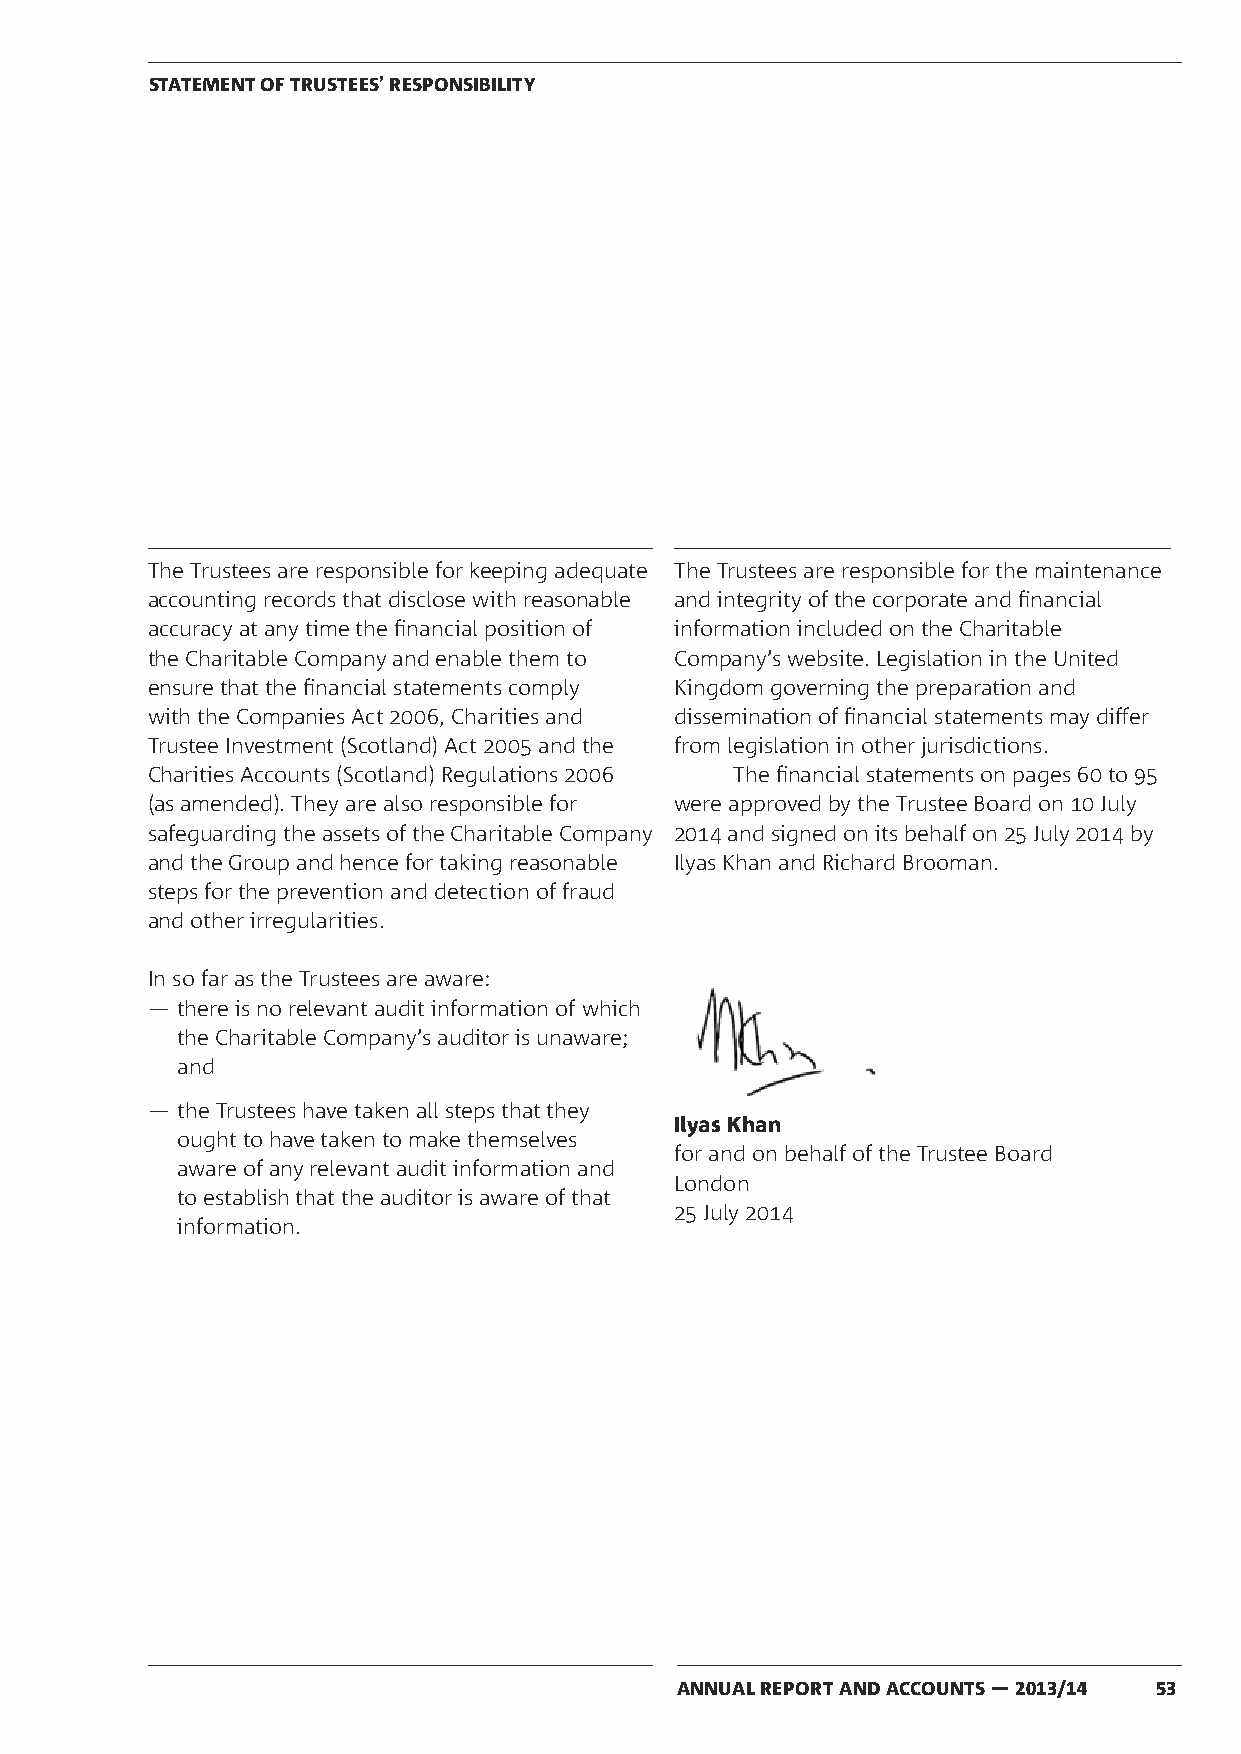
STATEMENT OF TRUSTEES’ RESPONSIBILITY
 The Trustees are responsible for keeping adequate The Trustees are responsible for the maintenance
 accounting records that disclose with reasonable and integrity of the corporate and financial
 accuracy at any time the financial position of information included on the Charitable
 the Charitable Company and enable them to Company’s website. Legislation in the United
 ensure that the financial statements comply Kingdom governing the preparation and
 with the Companies Act 2006, Charities and dissemination of financial statements may differ
 Trustee Investment (Scotland) Act 2005 and the from legislation in other jurisdictions.
 Charities Accounts (Scotland) Regulations 2006 The financial statements on pages 60 to 95
 (as amended). They are also responsible for were approved by the Trustee Board on 10 July
 safeguarding the assets of the Charitable Company 2014 and signed on its behalf on 25 July 2014 by
 and the Group and hence for taking reasonable Ilyas Khan and Richard Brooman.
 steps for the prevention and detection of fraud
 and other irregularities.
 In so far as the Trustees are aware:
 ― there is no relevant audit information of which
 the Charitable Company’s auditor is unaware;
 and
 ― the Trustees have taken all steps that they
 Ilyas Khan
 ought to have taken to make themselves
 for and on behalf of the Trustee Board
 aware of any relevant audit information and
 London
 to establish that the auditor is aware of that
 25 July 2014
 information.
 ANNUAL REPORT AND ACCOUNTS — 2013/14 53